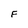
Character: F